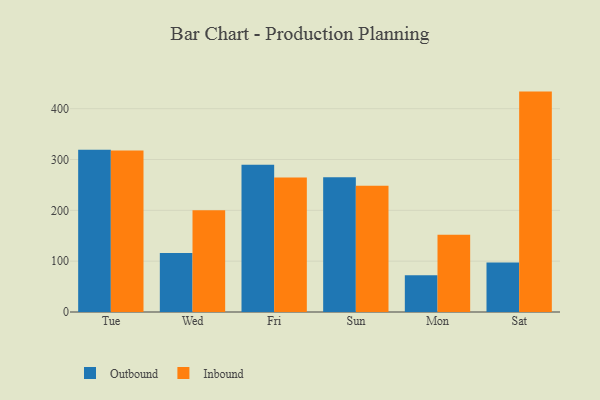
{"axis": {"x": "Day", "y": "Churn Rate (%)"}, "legend": ["Inbound", "Outbound"], "data": [{"x": "Tue", "y": 319.2, "type": "Outbound"}, {"x": "Tue", "y": 317.5, "type": "Inbound"}, {"x": "Wed", "y": 115.9, "type": "Outbound"}, {"x": "Wed", "y": 200.0, "type": "Inbound"}, {"x": "Fri", "y": 289.9, "type": "Outbound"}, {"x": "Fri", "y": 264.8, "type": "Inbound"}, {"x": "Sun", "y": 265.2, "type": "Outbound"}, {"x": "Sun", "y": 248.4, "type": "Inbound"}, {"x": "Mon", "y": 72.5, "type": "Outbound"}, {"x": "Mon", "y": 152.1, "type": "Inbound"}, {"x": "Sat", "y": 97.6, "type": "Outbound"}, {"x": "Sat", "y": 433.6, "type": "Inbound"}]}